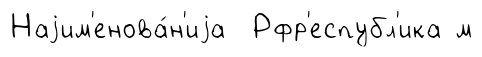
Наjим'енова́н'иjа Рфр'еспубл'ика м